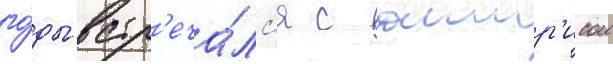
го́ды встр'еча́лс'я с актр'исои